Medical and sanitary report on the native army of Bombay for the year
Year: 1879
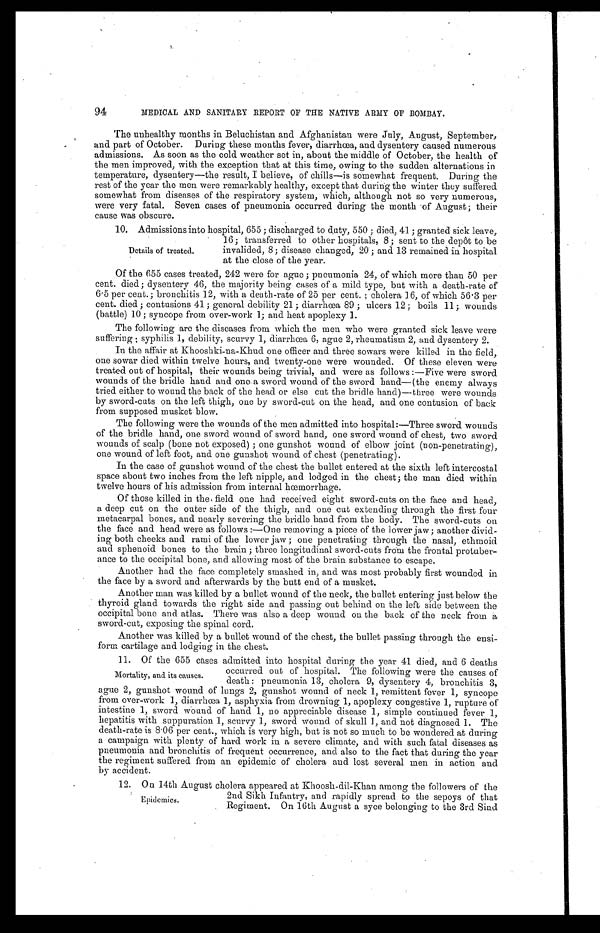
94
MEDICAL AND SANITARY REPORT OF THE NATIVE ARMY OF BOMBAY.
The unhealthy months in Beluchistan and Afghanistan were July, August, September,
and part of October. During these months fever, diarrhœa, and dysentery caused numerous
admissions. As soon as the cold weather set in, about the middle of October, the health of
the men improved, with the exception that at this time, owing to the sudden alternations in
temperature, dysentery—the result, I believe, of chills—is somewhat frequent. During the
rest of the year the men were remarkably healthy, except that during the winter they suffered
somewhat from diseases of the respiratory system, which, although not so very numerous,
were very fatal. Seven cases of pneumonia occurred during the month of August; their
cause was obscure.
10. Admissions into hospital, 655; discharged to duty, 550; died, 41; granted sick leave,
16; transferred to other hospitals, 8; sent to the depôt to be
invalided, 8; disease changed, 20; and 13 remained in hospital
at the close of the year.
Of the 655 cases treated, 242 were for ague; pneumonia 24, of which more than 50 per
cent. died; dysentery 46, the majority being cases of a mild type, but with a death-rate of
6.5 per cent.; bronchitis 12, with a death-rate of 25 per cent.; cholera 16, of which 56.3 per
cent. died; contusions 41; general debility 21; diarrhœa 89; ulcers 12; boils 11; wounds
(battle) 10; syncope from over-work 1; and heat apoplexy 1.
The following are the diseases from which the men who were granted sick leave were
suffering; syphilis 1, debility, scurvy 1, diarrhœa 6, ague 2, rheumatism 2, and dysentery 2.
In the affair at Khooshki-ua-Khud one officer and three sowars were killed in the field,
one sowar died within twelve hours, and twenty-one were wounded. Of these eleven were
treated out of hospital, their wounds being trivial, and were as follows:—Five were sword
wounds of the bridle hand and one a sword wound of the sword hand—(the enemy always
tried either to wound the back of the head or else cut the bridle hand)—three were wounds
by sword-cuts on the left thigh, one by sword-cut on the head, and one contusion of back
from supposed musket blow.
The following were the wounds of the men admitted into hospital:—Three sword wounds
of the bridle hand, one sword wound of sword hand, one sword wound of chest, two sword
wounds of scalp (bone not exposed); one gunshot wound of elbow joint (non-penetrating),
one wound of left foot, and one gunshot wound of chest (penetrating).
In the case of gunshot wound of the chest the bullet entered at the sixth left intercostal
space about two inches from the left nipple, and lodged in the chest; the man died within
twelve hours of his admission from internal hœmorrhage.
Of those killed in the field one had received eight sword-cuts on the face and head,
a deep cut on the outer side of the thigh, and one cut extending through the first four
metacarpal bones, and nearly severing the bridle hand from the body. The sword-cuts on
the face and head were as follows:—One removing a piece of the lower jaw; another divid
- i n g b o t h c h e e k s a n d r a m i o f t h e l o w e r j a w ; o n e p e n e t r a t i n g t h r o u g h t h e n a s a l , e t h m o i d
and sphenoid bones to the brain; three longitudinal sword-cuts from the frontal protuber
-ance to the occipital bone, and allowing most of the brain substance to escape.
Another had the face completely smashed in, and was most probably first wounded in
the face by a sword and afterwards by the butt end of a musket.
Another man was killed by a bullet wound of the neck, the bullet entering just below the
thyroid gland towards the right side and passing out behind on the left side between the
occipital bone and atlas. There was also a deep wound on the back of the neck from a
sword-cut, exposing the spinal cord.
Another was killed by a bullet wound of the chest, the bullet passing through the ensi
- f o r m c a r t i l a g e a n d l o d g i n g i n t h e c h e s t .
11. Of the 655 cases admitted into hospital during the year 41 died, and 6 deaths
occurred out of hospital. The following were the causes of
death: pneumonia 13, cholera 9, dysentery 4, bronchitis 3,
ague 2, gunshot wound of lungs 2, gunshot wound of neck 1, remittent fever 1, syncope
from over-work 1, diarrhœa 1, asphyxia from drowning 1, apoplexy congestive 1, rupture of
intestine 1, sword wound of hand 1, no appreciable disease 1, simple continued fever 1,
hepatitis with suppuration 1, scurvy 1, sword wound of skull 1, and not diagnosed 1. The
death-rate is 8.06 per cent., which is very high, but is not so much to be wondered at during
a campaign with plenty of hard work in a severe climate, and with such fatal diseases as
pneumonia and bronchitis of frequent occurrence, and also to the fact that during the year
the regiment suffered from an epidemic of cholera and lost several men in action and
by accident.
12. On 14th August cholera appeared at Khoosh-dil-Khan among the followers of the
2nd Sikh Infantry, and rapidly spread to the sepoys of that
Regiment. On 16th August a syce belonging to the 3rd Sind
Details of treated.
Mortality, and its causes.
Epidemics.